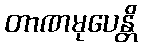
တာဏမုပေန္တိ